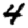
Digit: 4